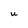
Character: U